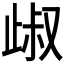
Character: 𣥹